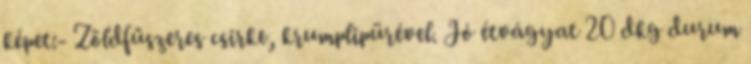
képet:- Zöldfűszeres csirke, krumplipürével. Jó étvágyat 20 dkg durum